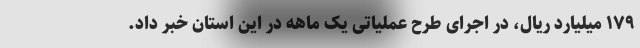
۱۷۹ میلیارد ریال، در اجرای طرح عملیاتی یک ماهه در این استان خبر داد.